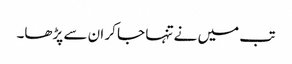
تب میں نے تنہا جا کر ان سے پڑھا۔